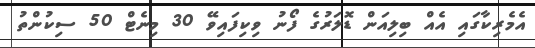
އެމެރިކާގައި އެއް ބިލިއަން ޑޮލަރުގެ ފޯނު ވިކިފައިވޭ 30 މިނެޓް 50 ސިކުންތު